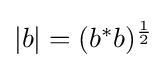
{\textstyle |b|=(b^{*}b)^{\frac {1}{2}}}